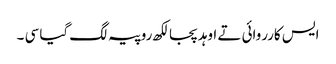
ایس کارروائی تے اوہد پجا لکھ روپیہ لگ گیا سی ۔